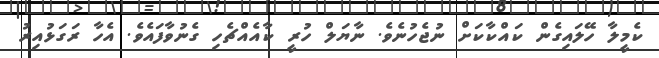
ކެމީލާ ހޭލައިގެން ކައްކާކަށް ނުޖެހުނެވެ. ނާޔަލް ހުރީ ކާއެއްޗެހި ގެނުވާފައެވެ. އެހާ ރަގަޅުއިރު